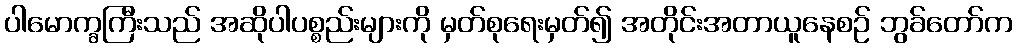
ပါမောက္ခကြီးသည် အဆိုပါပစ္စည်းများကို မှတ်စုရေးမှတ်၍ အတိုင်းအတာယူနေစဉ် ဘွခ်တော်က